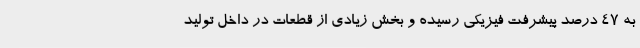
به 47 درصد پیشرفت فیزیکی رسیده و بخش‌ زیادی از قطعات در داخل تولید